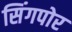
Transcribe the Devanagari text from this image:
सिंगपोर